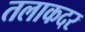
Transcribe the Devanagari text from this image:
तलाकदर